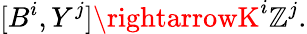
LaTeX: [B^{i},Y^{j}]\rightarrowK^{i}\mathbb{Z}^{j}.